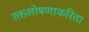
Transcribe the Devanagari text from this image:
रक्तशोषणाकरिता